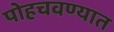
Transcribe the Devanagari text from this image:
पोहचवण्यात